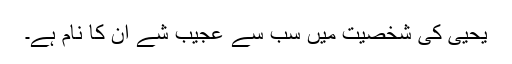
یحییٰ کی شخصیت میں سب سے عجیب شے ان کا نام ہے۔